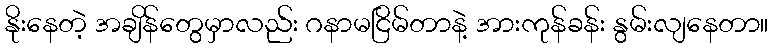
နိုးနေတဲ့ အချိန်တွေမှာလည်း ဂနာမငြိမ်တာနဲ့ အားကုန်ခန်း နွမ်းလျနေတာ။